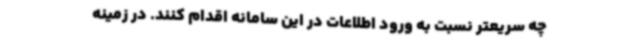
چه سریعتر نسبت به ورود اطلاعات در این سامانه اقدام کنند. در زمینه